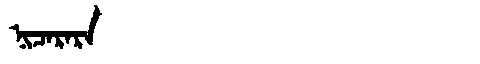
Manchu: ᠨᡳᠴᠠᡵᠠᡵᠠ
Romanization: NICARARA